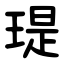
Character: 瑅